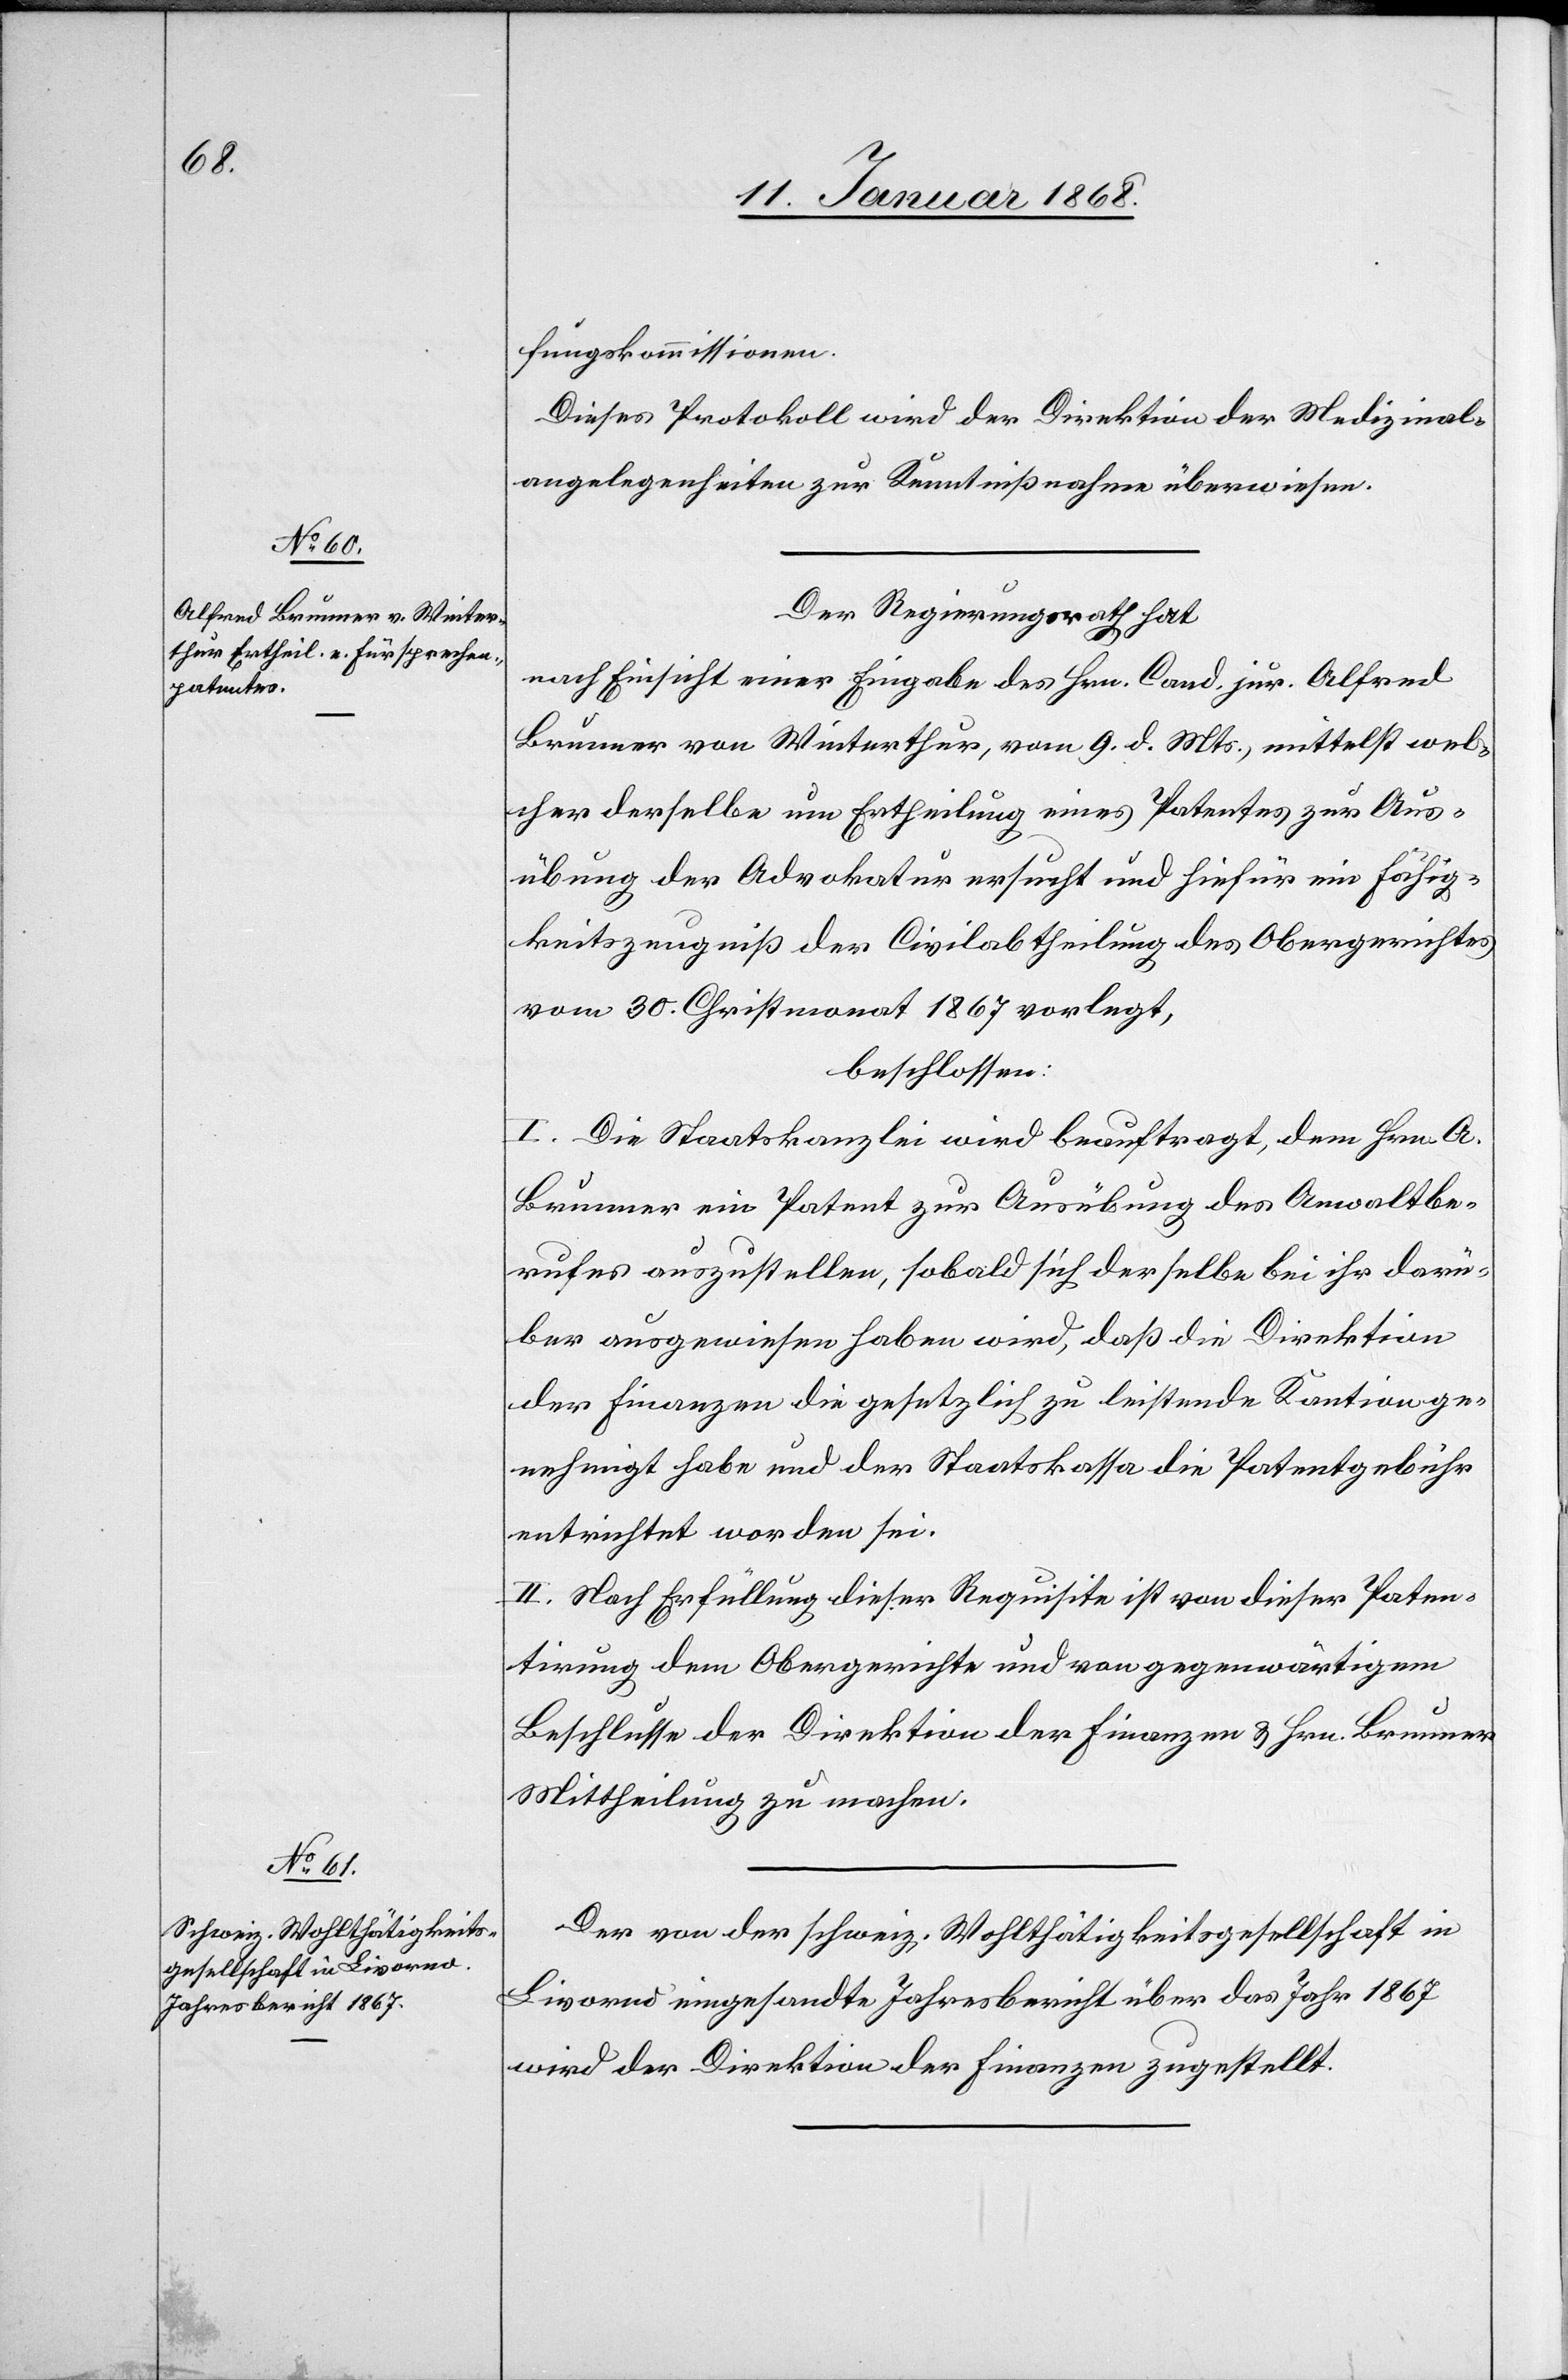
fungskommissionen.
Dieses Protokoll wird der Direktion der Medizinal¬
angelegenheiten zur Kenntnißnahme überwiesen.
Der Regierungsrath hat
nach Einsicht einer Eingabe des Hrn. Cand. jur. Alfred
Brunner von Winterthur, vom 9. d. Mts., mittelst wel¬
cher derselbe um Ertheilung eines Patentes zur Aus¬
übung der Advokatur ersucht und hiefür ein Fähig¬
keitszeugniß der Civilabtheilung des Obergerichtes
vom 30. Christmonat 1867 vorlegt,
beschlossen:
I. Die Staatskanzlei wird beauftragt, dem Hrn. A.
Brunner ein Patent zur Ausübung des Anwaltbe¬
rufes auszustellen, sobald sich derselbe bei ihr darü¬
ber ausgewiesen haben wird, daß die Direktion
der Finanzen die gesetzlich zu leistende Kaution ge¬
nehmigt habe und der Staatskassa die Patentgebühr
entrichtet worden sei.
II. Nach Erfüllung dieser Requisite ist von dieser Paten¬
tirung dem Obergerichte und von gegenwärtigem
Beschlusse der Direktion der Finanzen & Hrn. Brunner
Mittheilung zu machen.
Der von der schweiz. Wohlthätigkeitsgesellschaft in
Livorno eingesandte Jahresbericht über das Jahr 1867
wird der Direktion der Finanzen zugestellt.